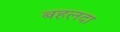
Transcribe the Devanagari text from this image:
बहलदा